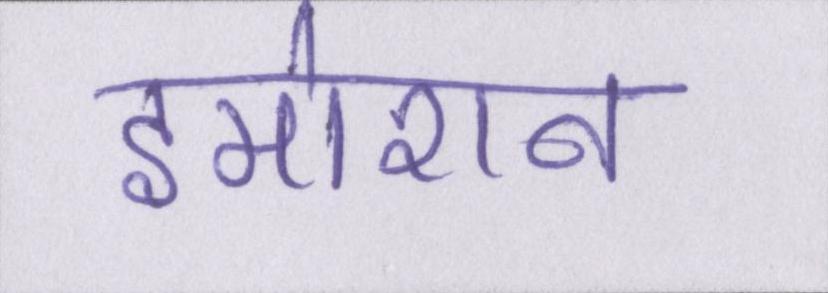
इमोशन